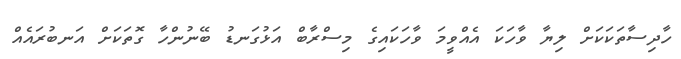
ހާދިސާތަކަކަށް ލިޔާ ވާހަކަ އެއްވީމަ ވާހަކައިގެ މިސްރާބް އަޅުގަނޑު ބޭނުންހާ ގޮތަކަށް އަނބުރައެއް